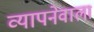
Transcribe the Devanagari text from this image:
व्यापनेवाला